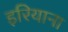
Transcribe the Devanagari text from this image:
इरियाना